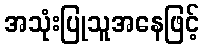
အသုံးပြုသူအနေဖြင့်